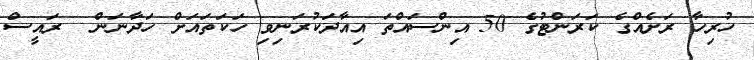
ހުރިހާ ރަށެއްގެ ކަރަންޓުގެ 50 އިންސައްތަ އިއާދަކުރަނިވި ހަކަތައަށް ހަދާނަން  ރައީސް